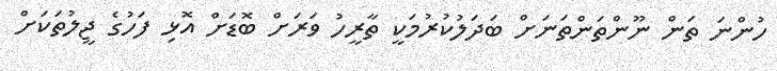
ހުންނަ ތަން ނޫންތަންތަނަށް ބަދަލުކުރުމަކީ ތާރީހު ވަރަށް ބޮޑަށް އޮޅި ފަހުގެ ޖީލުތަކަށް